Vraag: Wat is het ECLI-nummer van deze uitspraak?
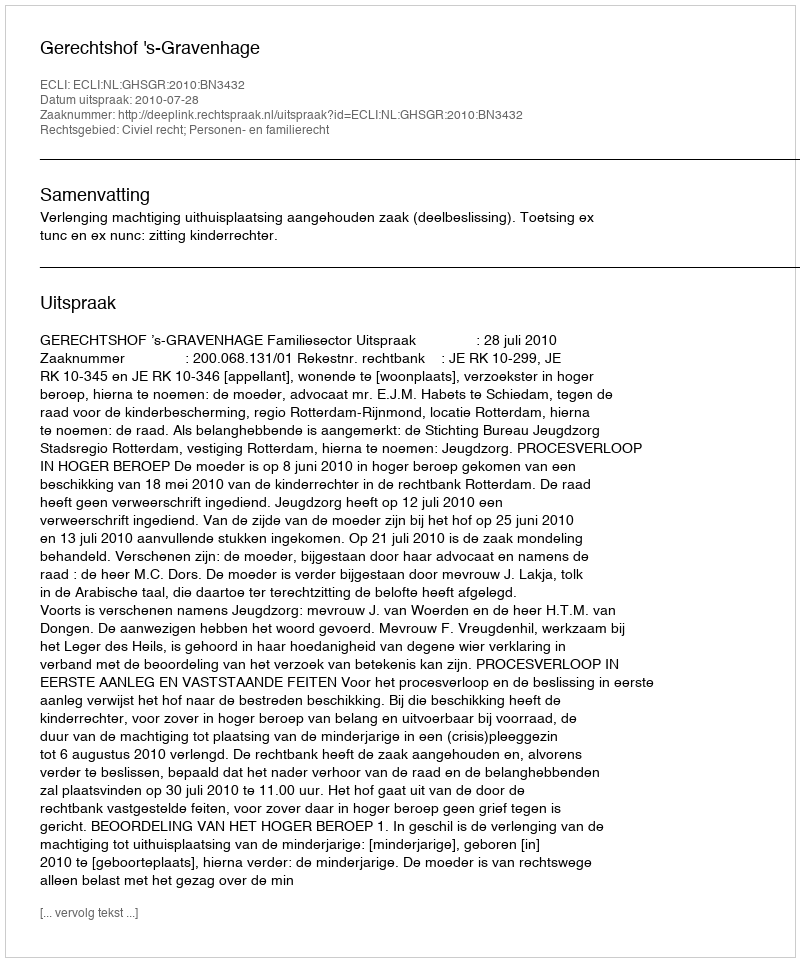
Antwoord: ECLI:NL:GHSGR:2010:BN3432